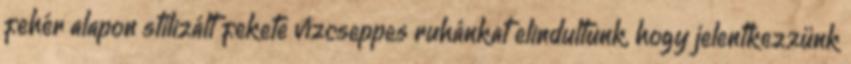
fehér alapon stilizált fekete vízcseppes ruhánkat elindultunk, hogy jelentkezzünk